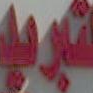
تبريد